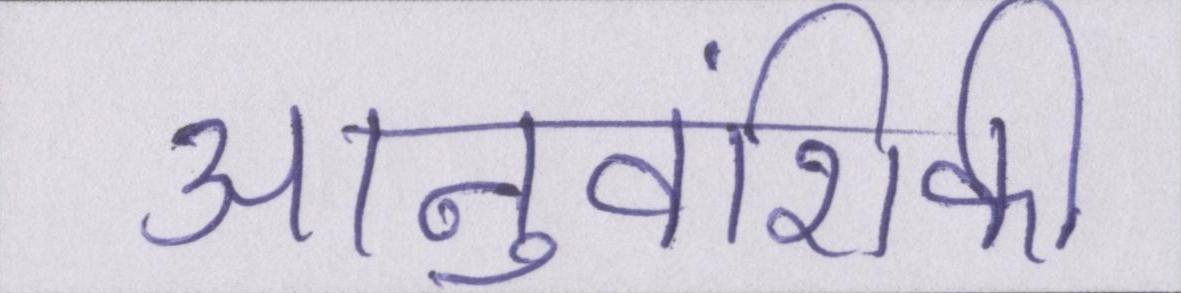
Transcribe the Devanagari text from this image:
आनुवंशिकी